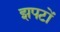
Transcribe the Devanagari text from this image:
झपटों